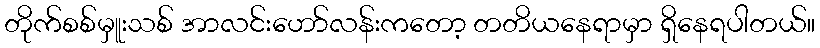
တိုက်စစ်မှူးသစ် အာလင်းဟော်လန်းကတော့ တတိယနေရာမှာ ရှိနေရပါတယ်။